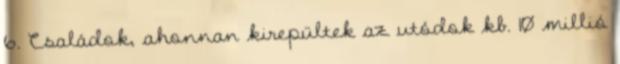
6. Családok, ahonnan kirepültek az utódok kb. 10 millió